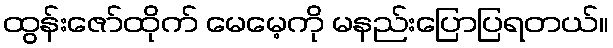
ထွန်းဇော်ထိုက် မေမေ့ကို မနည်းပြောပြရတယ်။